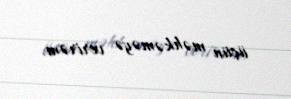
üçün məhkəməyə verirəm.